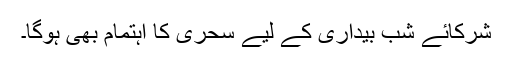
شرکائے شب بیداری کے لیے سحری کا اہتمام بھی ہوگا۔